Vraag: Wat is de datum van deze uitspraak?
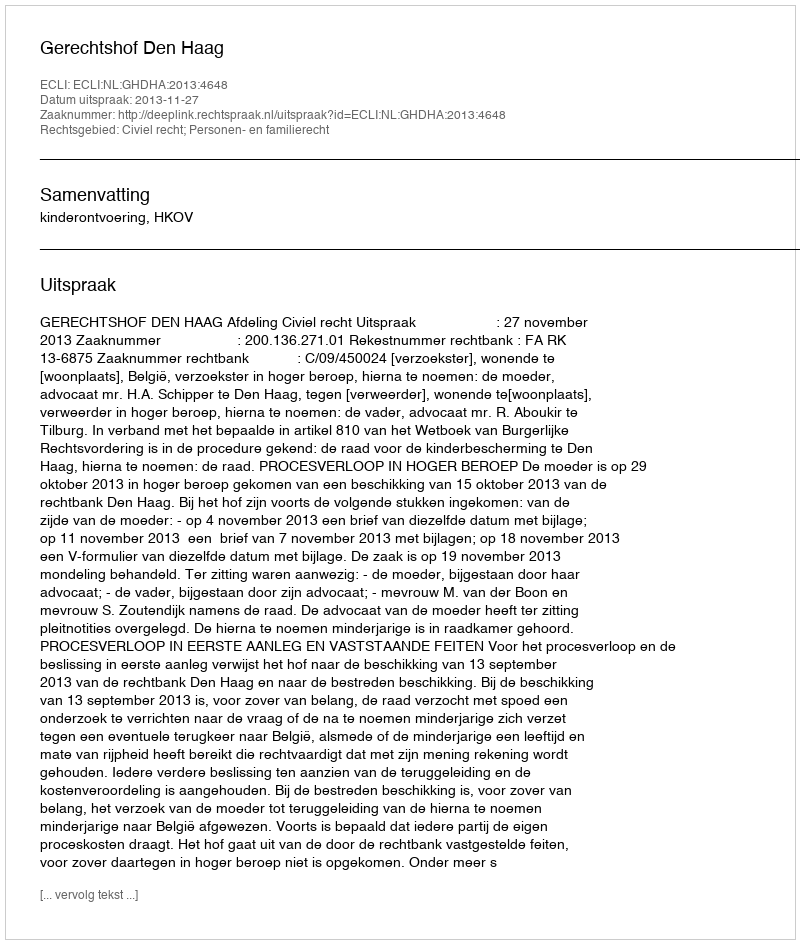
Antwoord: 2013-11-27